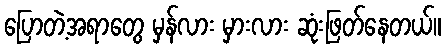
ပြောတဲ့အရာတွေ မှန်လား မှားလား ဆုံးဖြတ်နေတယ်။